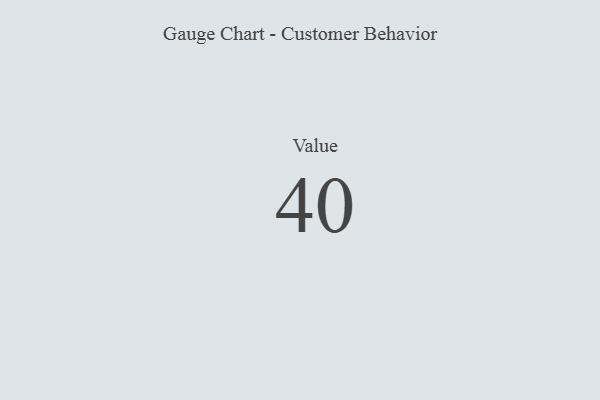
{"axis": {"x": "Metric", "y": "Value"}, "legend": [""], "data": [{"x": "Value", "y": 40, "type": ""}]}